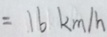
= 1 6 k m / h